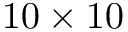
1 0 \times 1 0